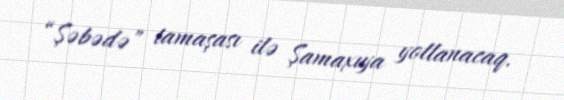
“Şəbədə” tamaşası ilə Şamaxıya yollanacaq.